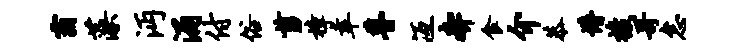
霸藻沔涌付俗剪樟幸瞢冱奔食介恭懵梭哥怠